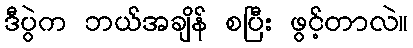
ဒီပွဲက ဘယ်အချိန် စပြီး ဖွင့်တာလဲ။